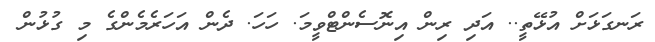
ރަނގަޅަށް އުޅޭތީ.. އަދި ރިން އިނޮސެންޓްވީމަ. ހަހަ. ދެން އަހަރެމެންގެ މި ގުޅުން